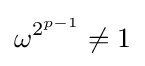
\omega ^{2^{p-1}}\neq 1